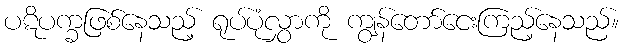
ပဋိပက္ခဖြစ်နေသည့် ရုပ်ပုံလွှာကို ကျွန်တော်ငေးကြည့်နေသည်။